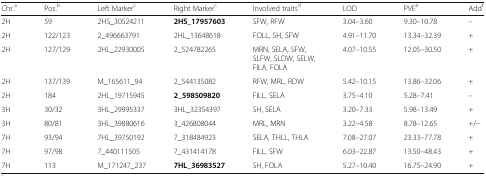
<table><thead><tr><td><b>Chr.<sup>a</sup></b></td><td><b>Pos.<sup>b</sup></b></td><td><b>Left Marker<sup>c</sup></b></td><td><b>Right Marker<sup>c</sup></b></td><td><b>Involved traits<sup>d</sup></b></td><td><b>LOD</b></td><td><b>PVE<sup>e</sup></b></td><td><b>Add<sup>f</sup></b></td></tr></thead><tbody><tr><td>2H</td><td>59</td><td>2HS_30524211</td><td><b>2HS_17957603</b></td><td>SFW, RFW</td><td>3.04–3.60</td><td>9.30–10.78</td><td>–</td></tr><tr><td>2H</td><td>122/123</td><td>2_496663791</td><td>2HL_13648618</td><td>FOLL, SH, SFW</td><td>4.91–11.70</td><td>13.34–32.39</td><td>+</td></tr><tr><td>2H</td><td>127/129</td><td>2HL_22930005</td><td>2_524782265</td><td>MRN, SELA, SFW, SLFW, SLDW, SELW, FILA, FOLA</td><td>4.07–10.55</td><td>12.05–30.50</td><td>+</td></tr><tr><td>2H</td><td>137/139</td><td>M_165611_94</td><td>2_544135082</td><td>RFW, MRL, RDW</td><td>5.42–10.15</td><td>13.86–32.06</td><td>+</td></tr><tr><td>2H</td><td>184</td><td>2HL_19715945</td><td><b>2_598509820</b></td><td>FILL, SELA</td><td>3.75–4.10</td><td>5.28–7.41</td><td>–</td></tr><tr><td>3H</td><td>30/32</td><td>3HL_29995337</td><td>3HL_32354397</td><td>SH, SELA</td><td>3.20–7.33</td><td>5.98–13.49</td><td>+</td></tr><tr><td>3H</td><td>80/81</td><td>3HL_39880616</td><td>3_426808044</td><td>MRL, MRN</td><td>3.22–4.58</td><td>8.78–12.65</td><td>+/−</td></tr><tr><td>7H</td><td>93/94</td><td>7HL_39750192</td><td>7_318484923</td><td>SELA, THLL, THLA</td><td>7.08–27.07</td><td>23.33–77.78</td><td>+</td></tr><tr><td>7H</td><td>97/98</td><td>7_440111505</td><td>7_431414178</td><td>FILL, SFW</td><td>6.03–22.87</td><td>13.50–48.43</td><td>+</td></tr><tr><td>7H</td><td>113</td><td>M_171247_237</td><td><b>7HL_36983527</b></td><td>SH, FOLA</td><td>5.27–10.40</td><td>16.75–24.90</td><td>+</td></tr></tbody></table>